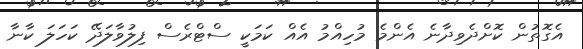
އެގޮތުން ކޮށްދެވިދާނެ އެންމެ މުހިއްމު އެއް ކަމަކީ ސްޓްރެސް ފިލުވާލަދޭ ކަހަލަ ކާނާ